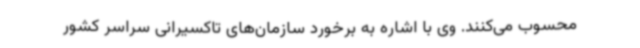
محسوب می‌کنند. وی با اشاره به برخورد سازمان‌های تاکسیرانی سراسر کشور